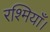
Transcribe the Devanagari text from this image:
रश्मियाँ।